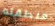
منطقته